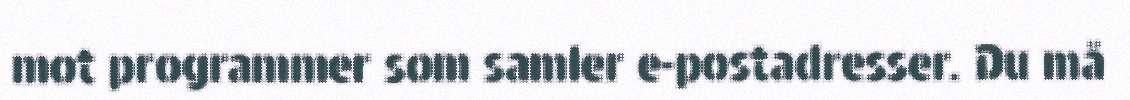
mot programmer som samler e-postadresser. Du må